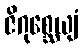
ဇိဂုစ္ဆေယျံ